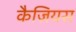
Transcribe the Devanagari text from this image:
कैज़ियस